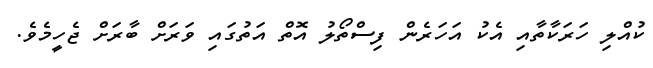
ކުއްލި ހަރަކާތާއި އެކު އަހަރެން ފިސްތޯލު އޮތް އަތުގައި ވަރަށް ބާރަށް ޖެހީމެވެ.